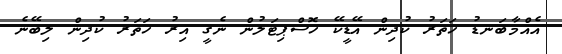
އެއްމާބަނޑު ހަތަރު ކުދިން އޭޑީކޭ ހޮސްޕިޓަލުން ނެގީ އިރު ހަތަރު ކުދިން ލިބޭނެ